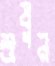
শুষুন